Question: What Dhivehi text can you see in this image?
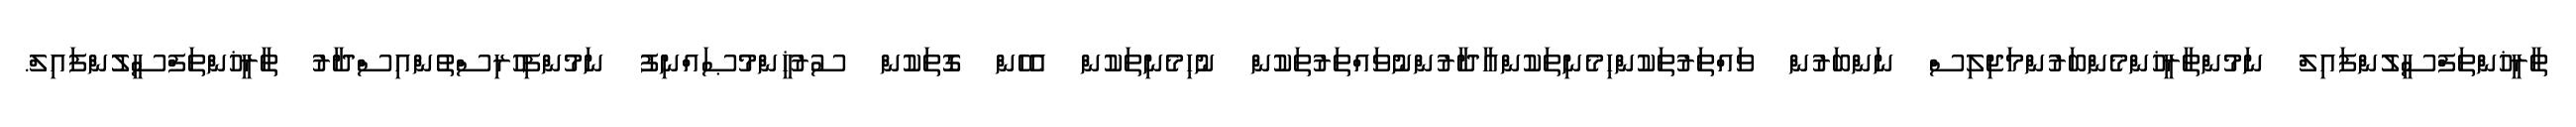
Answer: ތާރީޚުންތަފްސީލުންފައިލް ނަމުންތާރީޚުންމެންބަރުންމަޖިލިސް ނަންބަރުން ވައްތަރުތަކުންހިމެނިތަކުންއާދާރުންނުވައްތަރުތަކުން ނުހިމެނިތަކުން އެހެން ގޮތަކުން ސުރުޚީންމުޞައްނިފު ނަމުންފިހުރިސްތުންއިސްދާރު ތާރީޚުންތަފްސީލުންފައިލް.